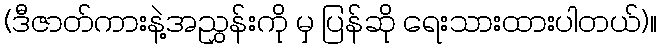
(ဒီဇာတ်ကားနဲ့အညွှန်းကို မှ ပြန်ဆို ရေးသားထားပါတယ်)။